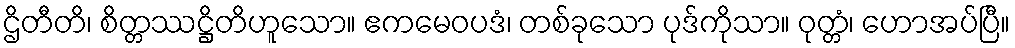
ဌိတီတိ၊ စိတ္တဿဋ္ဌိတိဟူသော။ ဧကမေဝပဒံ၊ တစ်ခုသော ပုဒ်ကိုသာ။ ဝုတ္တံ၊ ဟောအပ်ပြီ။